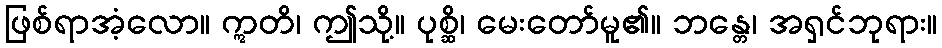
ဖြစ်ရာအံ့လော။ ဣတိ၊ ဤသို့။ ပုစ္ဆိ၊ မေးတော်မူ၏။ ဘန္တေ၊ အရှင်ဘုရား။